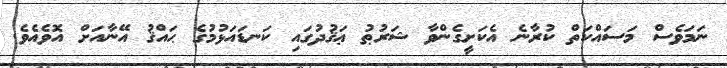
ނަމަވެސް މަސައްކަތް ކުރާނެ އެކަށީގެންވާ ޝަރުޠު ޢަޤުދުގައި ކަނޑައަޅުމުގެ ޙައްޤު އޭނާއަށް އޮވެއެވެ.